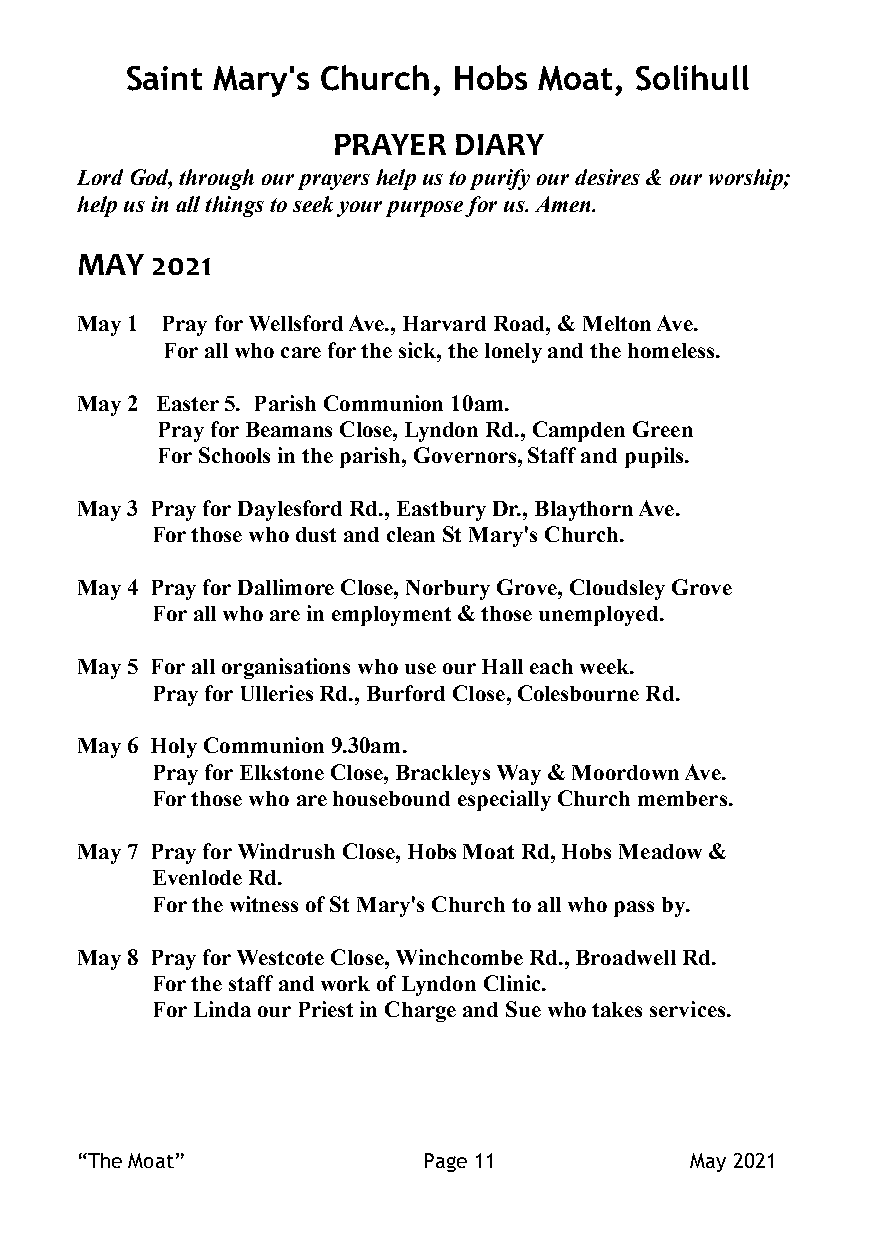
Saint Mary's Church,  Hobs  Moat, Solihull
 PRAYER  DIARY
 Lord God, through our prayers help us to purify our desires & our worship;
 help us in all things to seek your purpose for us. Amen.
 MAY  2021
 May 1 Pray for Wellsford Ave., Harvard Road, & Melton Ave.
 For all who care for the sick, the lonely and the homeless.
 May 2 Easter 5. Parish Communion 10am.
 Pray for Beamans Close, Lyndon Rd., Campden Green
 For Schools in the parish, Governors, Staff and pupils.
 May 3 Pray for Daylesford Rd., Eastbury Dr., Blaythorn Ave.
 For those who dust and clean St Mary's Church.
 May 4 Pray for Dallimore Close, Norbury Grove, Cloudsley Grove
 For all who are in employment & those unemployed.
 May 5 For all organisations who use our Hall each week.
 Pray for Ulleries Rd., Burford Close, Colesbourne Rd.
 May 6 Holy Communion 9.30am.
 Pray for Elkstone Close, Brackleys Way & Moordown Ave.
 For those who are housebound especially Church members.
 May 7 Pray for Windrush Close, Hobs Moat Rd, Hobs Meadow &
 Evenlode Rd.
 For the witness of St Mary's Church to all who pass by.
 May 8 Pray for Westcote Close, Winchcombe Rd., Broadwell Rd.
 For the staff and work of Lyndon Clinic.
 For Linda our Priest in Charge and Sue who takes services.
 “The Moat”             Page 11           May 2021